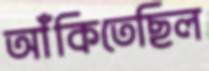
আঁকিতেছিল